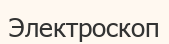
Электроскоп